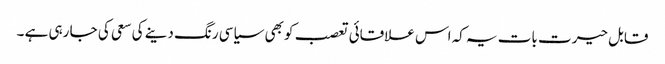
قابل حیرت بات یہ کہ اس علاقائی تعصب کو بھی سیاسی رنگ دینے کی سعی کی جا رہی ہے ۔